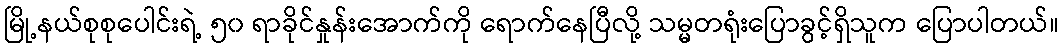
မြို့နယ်စုစုပေါင်းရဲ့ ၅၀ ရာခိုင်နှုန်းအောက်ကို ရောက်နေပြီလို့ သမ္မတရုံးပြောခွင့်ရှိသူက ပြောပါတယ်။